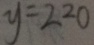
y = 2 2 0